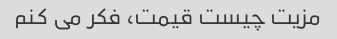
مزیت چیست قیمت، فکر می کنم